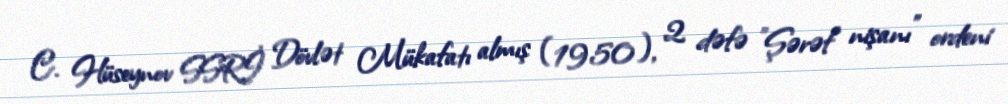
C. Hüseynov SSRİ Dövlət Mükafatı almış (1950), 2 dəfə "Şərəf nişanı" ordeni